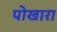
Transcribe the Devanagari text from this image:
पोखारा